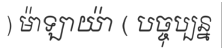
) ម៉ាឡាយ៉ា ( បច្ចុប្បន្ន